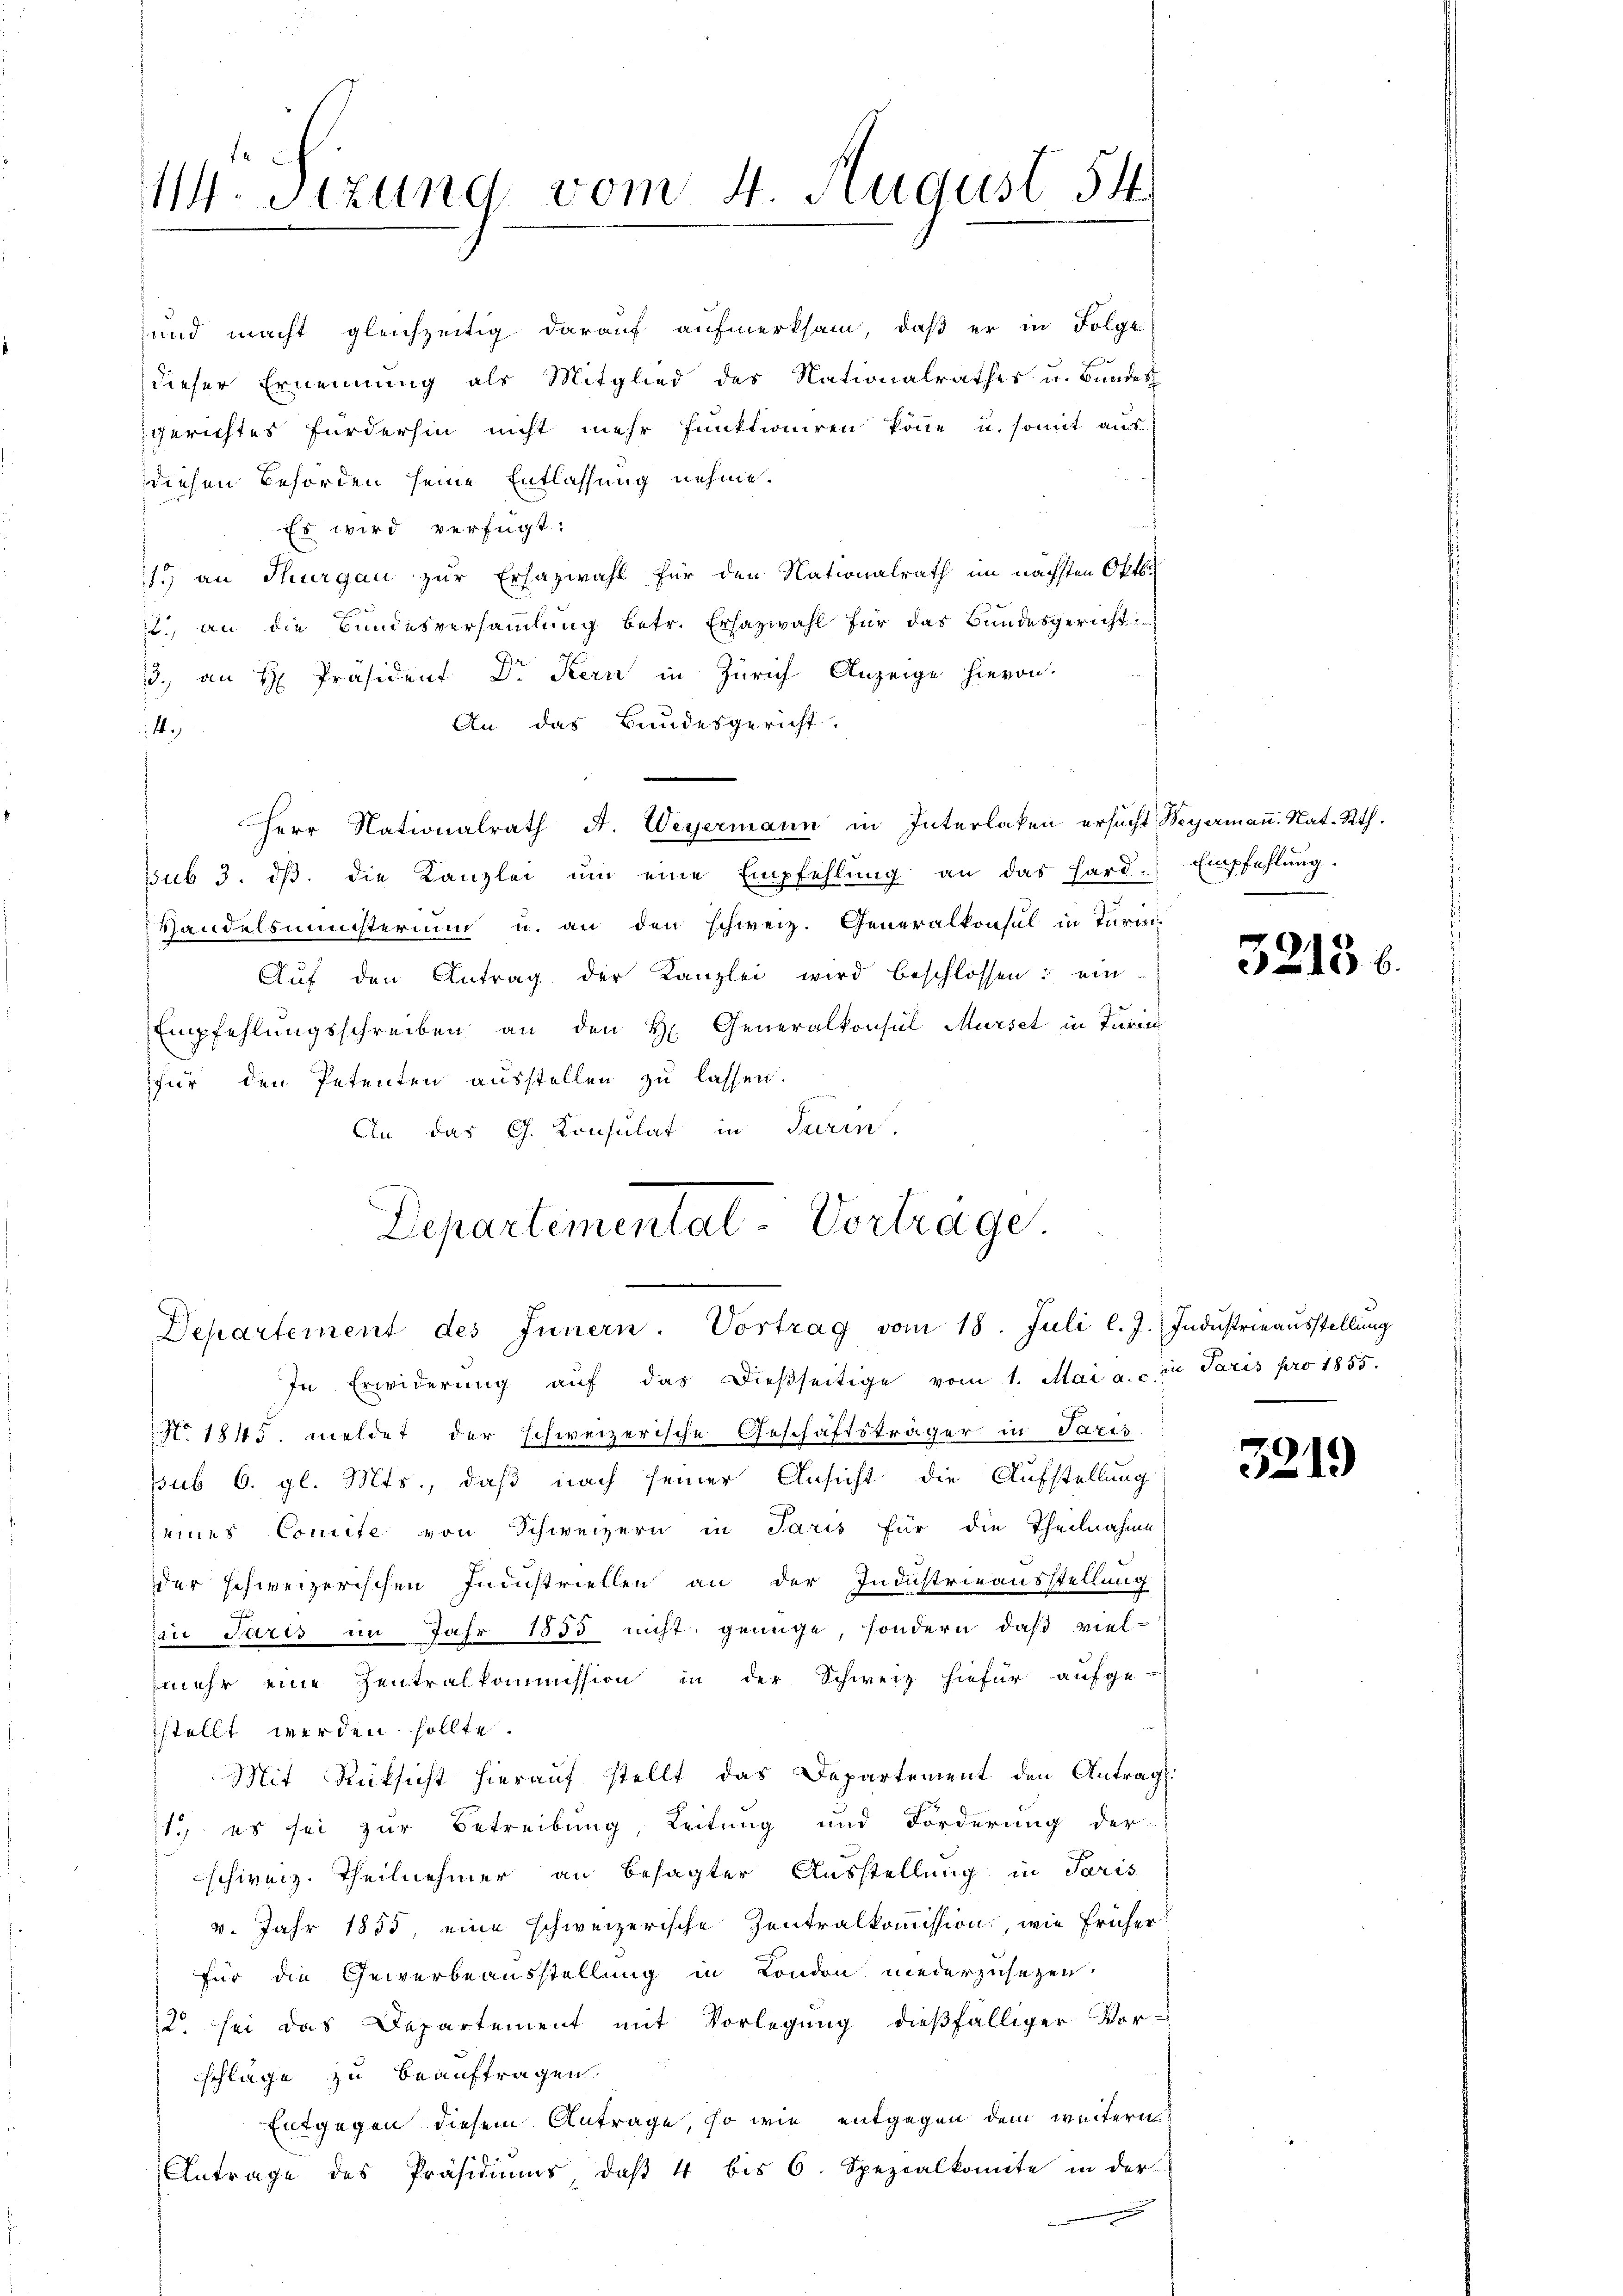
11. Sezung vom 4 August 54

und macht gleichzeitig darauf aufmerksam, daß er in Folge
dieser Ernennung als Mitglied des Nationalrathes u. Bundes
gerichtes fürderhin nicht mehr funktioniren könne u. somit aus
diesen Behörden seine Entlassung nehme.
Es wird verfügt:
1. an Thurgau zur Ersazwahl für den Nationalrath im nächsten Oktbi
12.) an die Bundesversammlung betr. Erhazwahl für das Bundesgericht
3. an H: Präsident Dr Kern in Zürich Anzeige hievon.
An das Bundesgericht.
14.
Herr Nationalrath A. Weyermann in Interlaken ersucht Begermaṅ Nat. Rth.
sub 3. dβ. die Kanzlei ŭm eine Empfehlŭng an das Hard. Empfehlŭng.
Handelsministerium u. an den schweiz. Generalkonsul in Turm¬
Aŭf den Antrag der Kanzlei wird beschlossen: ein-
Empfehlungsschreiben an den H. Generalkonsul Murse in Turin
für den Petenten ausstellen zu lassen.
An das G. Konsulat in Turin,
In Erwiderung aŭf das dießseitige vom 1. Mai a. c. in Paris pro 1855.
N. 1845. meldet der schweizerische Geschäftsträger in Paris
sub 6. gl. Mts., daß nach seiner Ansicht die Aufstellung
eines Comite von Schweizern in Paris für die Theilnahme
der schweizerischen Industriellen an der Industrieausstellung
in Paris im Jahr 1855 nicht genüge, sondern, daß viel-
mehr eine Zentralkommission in der Schweiz hiefür aufge-
stellt werden sollte.
Mit Rücksicht hierauf stellt das Departement den Antrag.
11. es sei zur Betreibung, Leitung und Forderung der
schweiz. Theilnehmer an besagter Ausstellung in Paris
4. Jahr 1855 eine schweizerische Zentralkommission, wie früher
für die Gewerbeausstellung in London niederzusetzen.
12 sei das Departement mit Vorlegŭng dießfälliger Vor-
schläge zu beauftragen.
Entgegen diesem Antrage, so wie entgegen dem weitern
9 2
Antrage des Präsidiums, daβ 4 bis 6. Spezialkomite in der

Departementat. Vortrage.
Departement des Innern. Vortrag vom 18. Juli l. J. Industrieausstellung

32136.

3219